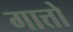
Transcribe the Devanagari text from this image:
गात्तो